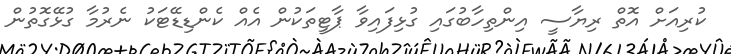
ކުރިއަށް އޮތް ރިޔާސީ އިންތިހާބުގައި ގުޅިފައިވާ ޕާޓީތަކުން އެއް ކެންޑިޑޭޓަކު ނެރުމާ ގުޅޭގޮތުން